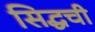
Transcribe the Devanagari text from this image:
सिद्धची